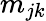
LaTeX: m_{jk}